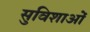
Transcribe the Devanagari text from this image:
सुविशाओं